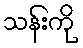
သန်းကို